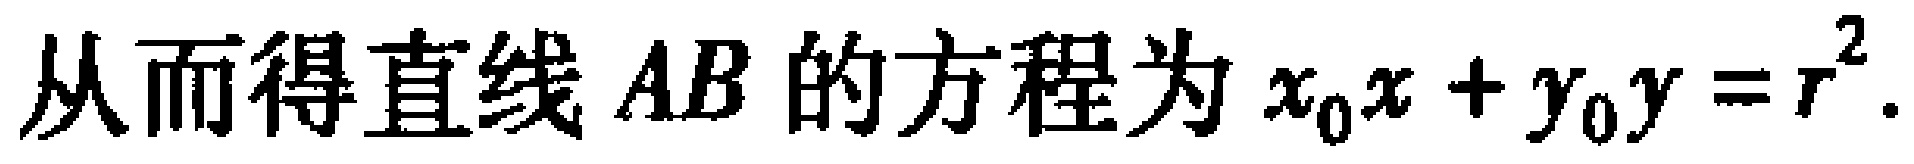
从而得直线 \(AB\) 的方程为 \(x_{0}x + y_{0}y = r^{2}\).